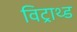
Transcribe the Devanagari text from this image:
विट्राथ्ड